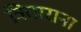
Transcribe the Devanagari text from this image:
विताराना